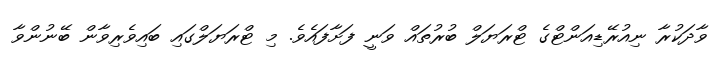
ވާދަކުރާ ނިއުރޭޑިއަންޓްގެ ޓްރަޔަލް ބުރުތައް ވަނީ ފަށާފައެވެ. މި ޓްރަޔަލްގައި ބައިވެރިވާން ބޭނުންވާ